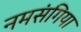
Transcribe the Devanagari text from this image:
नमसंगिया